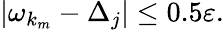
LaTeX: |\omega_{k_{m}}-\Delta_{j}|\leq 0.5\varepsilon.